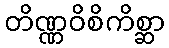
တိဏ္ဏဝိစိကိစ္ဆာ